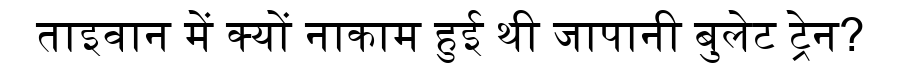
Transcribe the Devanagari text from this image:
ताइवान में क्यों नाकाम हुई थी जापानी बुलेट ट्रेन?